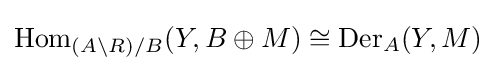
{\text{Hom}}_{(A\backslash R)/B}(Y,B\oplus M)\cong {\text{Der}}_{A}(Y,M)